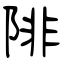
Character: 陫